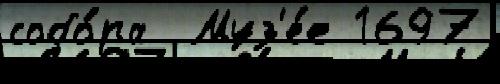
собо́ра  Муз'е́е 1697